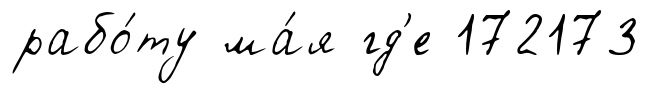
рабо́ту ма́я гд'е 172173